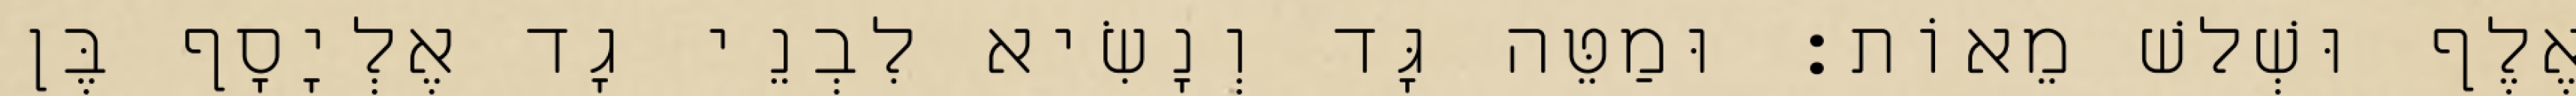
אֶלֶף וּשְׁלשׁ מֵאוֹת׃ וּמַטֵּה גָּד וְנָשִׂיא לִבְנֵי גָד אֶלְיָסָף בֶּן